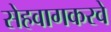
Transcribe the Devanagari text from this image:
सेहवागकरवे